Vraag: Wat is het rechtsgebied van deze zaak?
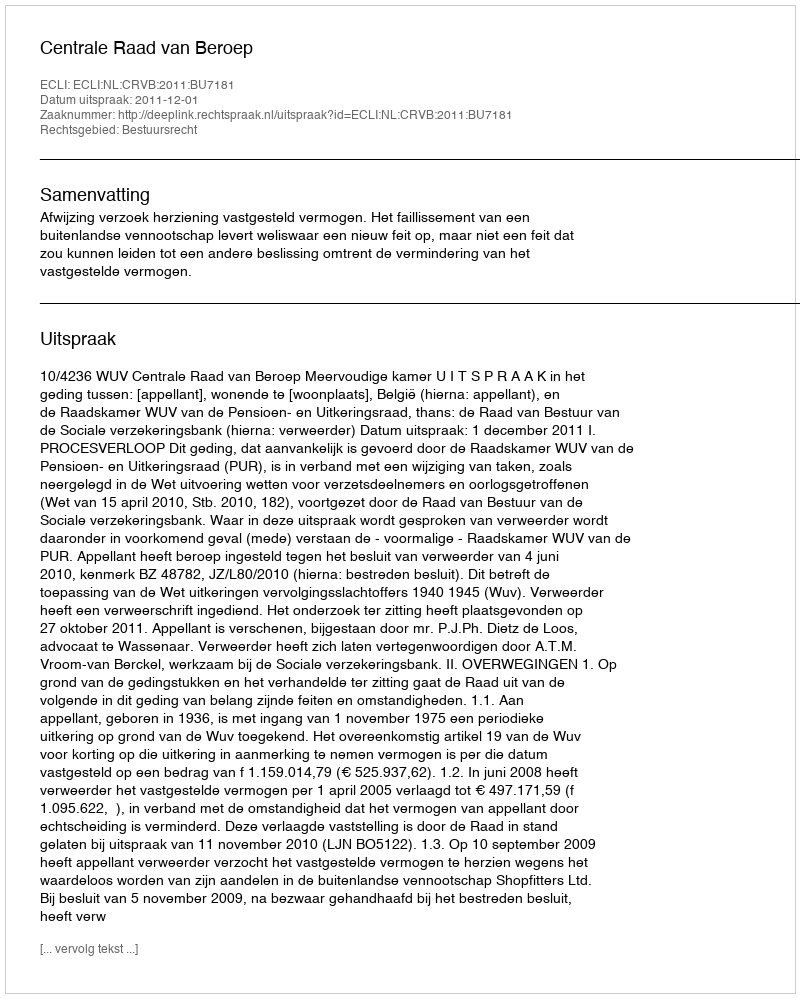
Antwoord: Bestuursrecht